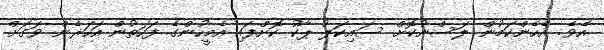
އެވެ. އެހެންކަމުން ލަސްނުކޮށް ސައިކަލު ޕާކު ކޮށްފައި އެމީހުންގެ ފަހަތުން އަހަރެން ވަގަށް